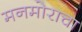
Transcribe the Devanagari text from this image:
मनमोराचा